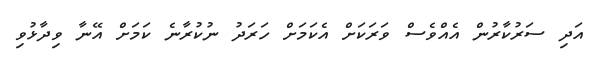
އަދި ސަރުކާރުން އެއްވެސް ވަރަކަށް އެކަމަށް ހަރަދު ނުކުރާނެ ކަަމަށް އޭނާ ވިދާޅުވި